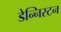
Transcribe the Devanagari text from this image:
डेन्निस्टन